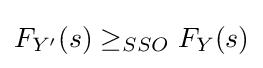
F_{Y'}(s)\geq _{SSO}F_{Y}(s)